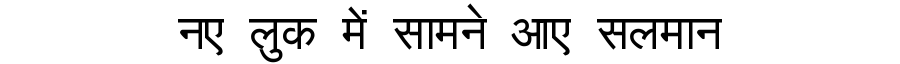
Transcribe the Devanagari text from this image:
नए लुक में सामने आए सलमान